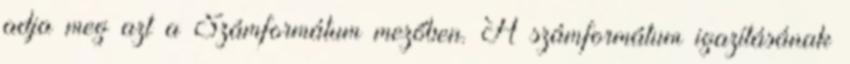
adja meg azt a Számformátum mezőben. A számformátum igazításának